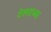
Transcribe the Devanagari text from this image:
टेलराच्या